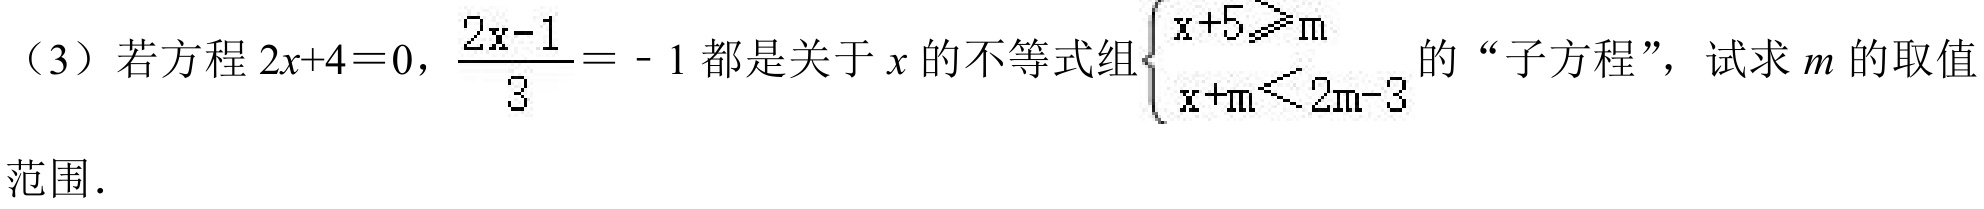
（3）若方程 \(2x + 4 = 0\)，\(\frac{2x - 1}{3} = - 1\) 都是关于 \(x\) 的不等式组\(\begin{cases}x + 5\geqslant m \\ x + m<2m - 3\end{cases}\)的“子方程”，试求 \(m\) 的取值范围．